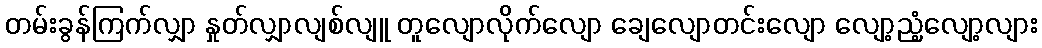
တမ်းခွန်ကြက်လျှာ နှုတ်လျှာလျစ်လျူ တူလျောလိုက်လျော ချေလျောတင်းလျော လျော့ညံ့လျော့လျား